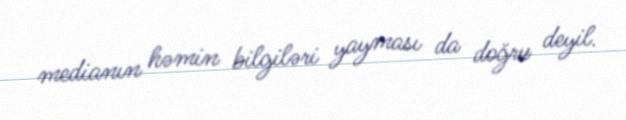
medianın həmin bilgiləri yayması da doğru deyil.